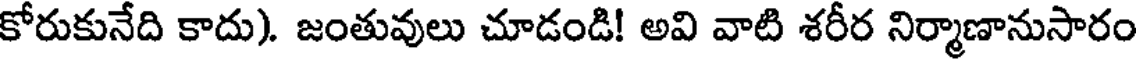
కోరుకునేది కాదు). జంతువులు చూడండి! అవి వాటి శరీర నిర్మాణానుసారం